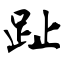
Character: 趾